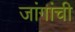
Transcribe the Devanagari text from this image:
जांगांची